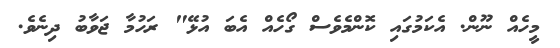
މީހެއް ނޫން. އެކަމުގައި ކޮންމެވެސް ގޯހެއް އެބަ އުޅޭ" ރަހުމާ ޖަވާބު ދިނެވެ.